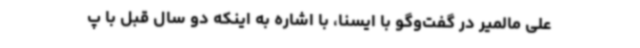
علی مالمیر در گفت‌وگو با ایسنا، با اشاره به اینکه دو سال قبل با پ